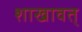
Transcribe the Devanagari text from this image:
शाखावत्